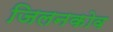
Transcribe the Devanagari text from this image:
जिलनकोव